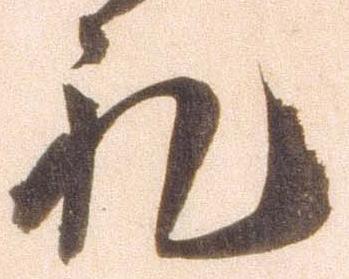
礼